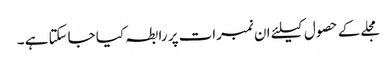
مجلے کے حصول کیلئے ان نمبرات پر رابطہ کیا جاسکتا ہے ۔